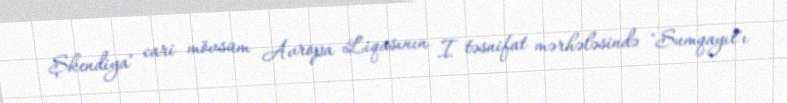
Şkendiya" cari mövsüm Avropa Liqasının I təsnifat mərhələsində "Sumqayıt"ı